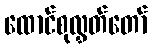
ထောင်စုလွှတ်တော်